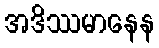
အဒိဿမာနေန